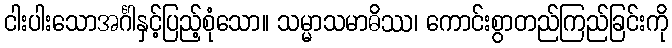
ငါးပါးသောအင်္ဂါနှင့်ပြည့်စုံသော။ သမ္မာသမာဓိဿ၊ ကောင်းစွာတည်ကြည်ခြင်းကို